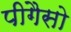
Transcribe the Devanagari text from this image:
पीगैसो